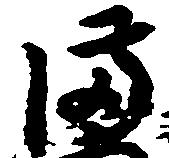
備